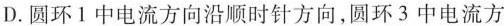
D.圆环1中电流方向沿顺时针方向，圆环3中电流方向